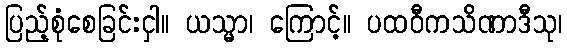
ပြည့်စုံစေခြင်းငှါ။ ယသ္မာ၊ ကြောင့်။ ပထဝီကသိဏာဒီသု၊